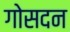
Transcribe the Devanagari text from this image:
गोसदन